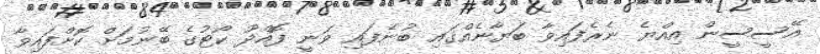
އޭސީސީން އިއްޔެ ނެރެފައިވާ ބަޔާނެއްގައި ބުނެފައި ވަނީ ފޮއްދޫ ކޯޓުގެ ބޭނުމަށް ކޮށްފައިވާ